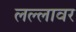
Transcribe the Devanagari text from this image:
लल्लावर